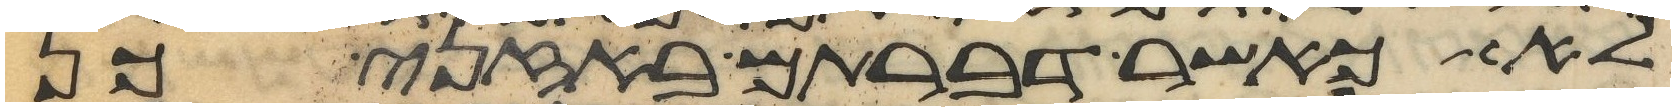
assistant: לא כאשר דברתם באזני כן